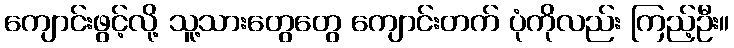
ကျောင်းဖွင့်လို့ သူ့သားတွေတွေ ကျောင်းတက် ပုံကိုလည်း ကြည့်ဦး။